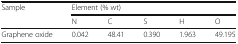
| <ROWSPAN=2> Sample | <COLSPAN=5> Element (% wt) |
 | N | C | S | H | O |
 | --- | --- | --- | --- | --- | --- |
 | Graphene oxide | 0.042 | 48.41 | 0.390 | 1.963 | 49.195 |